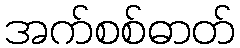
အက်စစ်ဓာတ်